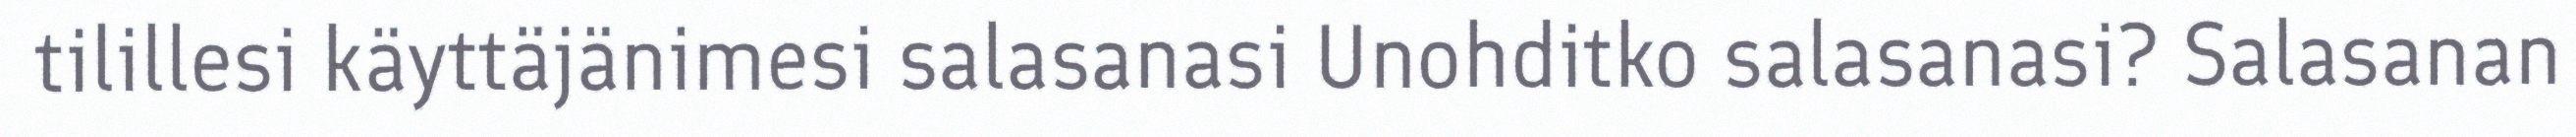
tilillesi käyttäjänimesi salasanasi Unohditko salasanasi? Salasanan